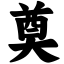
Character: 奠